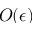
O ( \epsilon )